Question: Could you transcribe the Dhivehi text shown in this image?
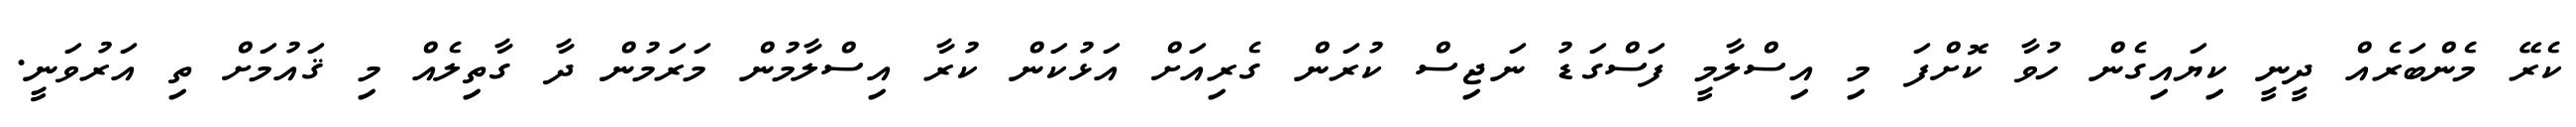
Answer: ކެރޭ މެންބަރެއް ދީނީ ކިޔައިގެން ހުވާ ކޮށްފަ މި އިސްލާމީ ފަސްގަޑު ނަޖިސް ކުރަން ގެރިއަށް އަޅުކަން ކުރާ އިސްލާމުން މަރަމުން ދާ ގާތިލެއް މި ޤައުމަށް ތި އަރުވަނީ.